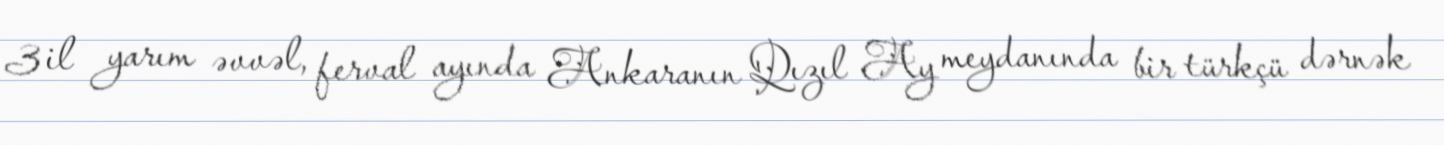
3 il yarım əvvəl, ferval ayında Ankaranın Qızıl Ay meydanında bir türkçü dərnək